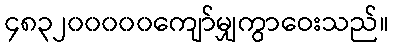
၄၈၃၂၀၀၀၀၀ကျော်မျှကွာဝေးသည်။